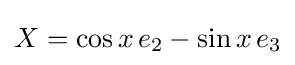
X=\cos x\,e_{2}-\sin x\,e_{3}